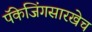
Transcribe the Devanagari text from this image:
पॅकेजिंगसारखेच